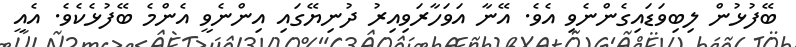
ބޭފުޅުން ލިބިވަޑައިގެންނެވި އެވެ. އޭނާ އަވަހާރަވިއިރު ދުނިޔޭގައި އިންނެވީ އެންމެ ބޭފުޅެކެވެ. އެއީ